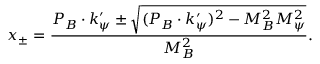
x _ { \pm } = \frac { P _ { B } \cdot k _ { \psi } ^ { \prime } \pm \sqrt { ( P _ { B } \cdot k _ { \psi } ^ { \prime } ) ^ { 2 } - M _ { B } ^ { 2 } M _ { \psi } ^ { 2 } } } { M _ { B } ^ { 2 } } .